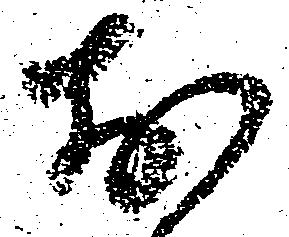
お